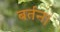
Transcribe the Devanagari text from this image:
बर्तन।